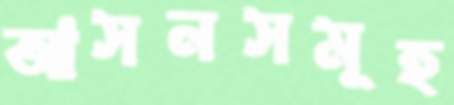
আসনসমূহ